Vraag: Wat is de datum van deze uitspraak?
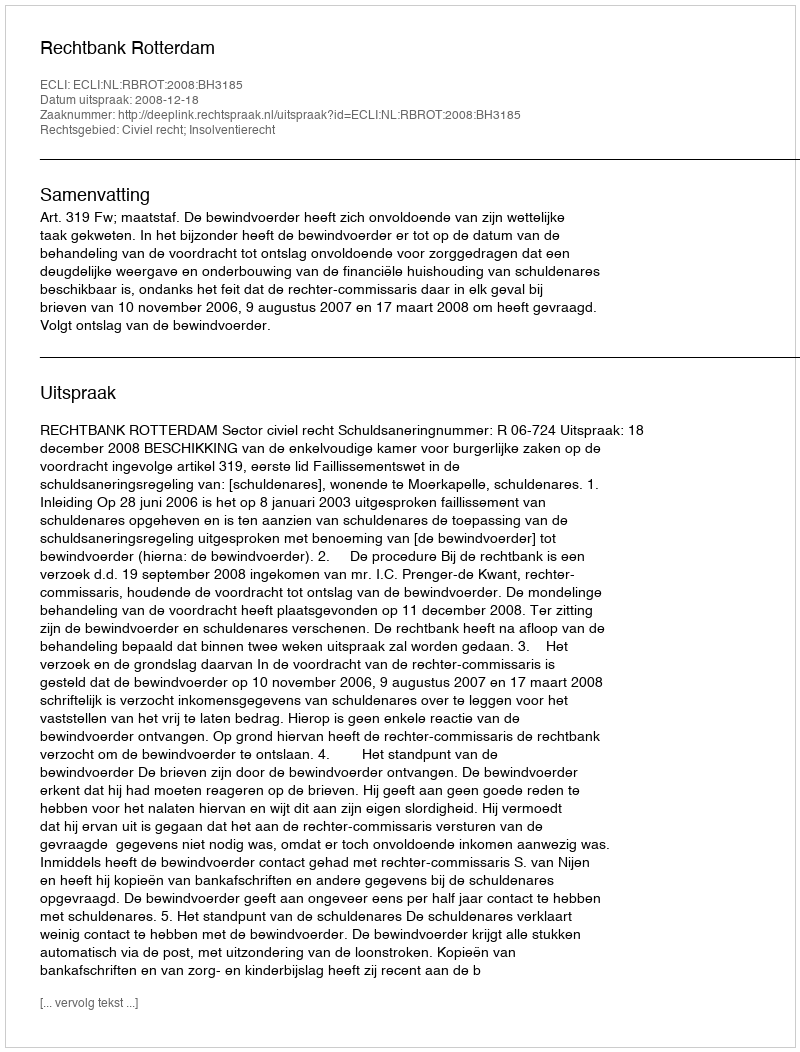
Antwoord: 2008-12-18